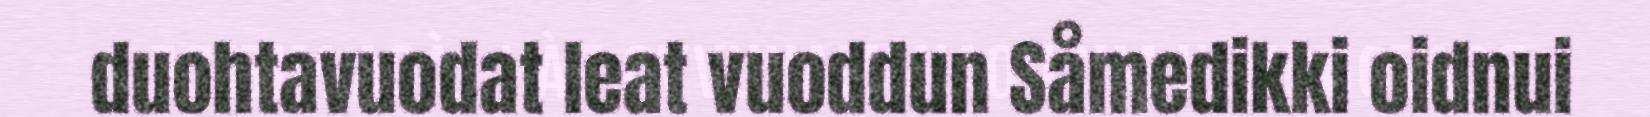
duohtavuodat leat vuoddun Såmedikki oidnui